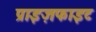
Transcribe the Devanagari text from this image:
प्राइज़फाइट